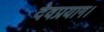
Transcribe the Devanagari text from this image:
देवप्रयाग।